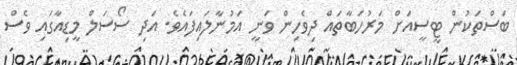
ބަސްތަކުން ޓީސީއަށް މަރުހަބާތައް ދިވެހިން ވަނީ އަމުނާލައިފައެވެ. އަދި ސޯސަލް މީޑިއާގައި ވެސް